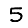
Digit: 5